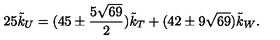
2 5 { \tilde { k } _ { U } } = ( 4 5 \pm \frac { 5 \sqrt { 6 9 } } { 2 } ) \tilde { k } _ { T } + ( 4 2 \pm 9 \sqrt { 6 9 } ) \tilde { k } _ { W } .